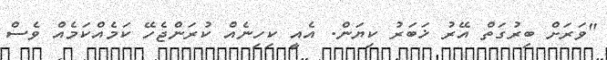
"ވަރަށް ބިރުގަތް އޭރު ޚަބަރު ކިޔަން. އެއީ ކިހިނެއް ކުރަންޖެހޭ ކަމެއްކަމެއް ވެސް